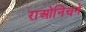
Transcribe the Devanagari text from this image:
राओनिचने